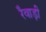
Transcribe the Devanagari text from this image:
रैवाड़ी